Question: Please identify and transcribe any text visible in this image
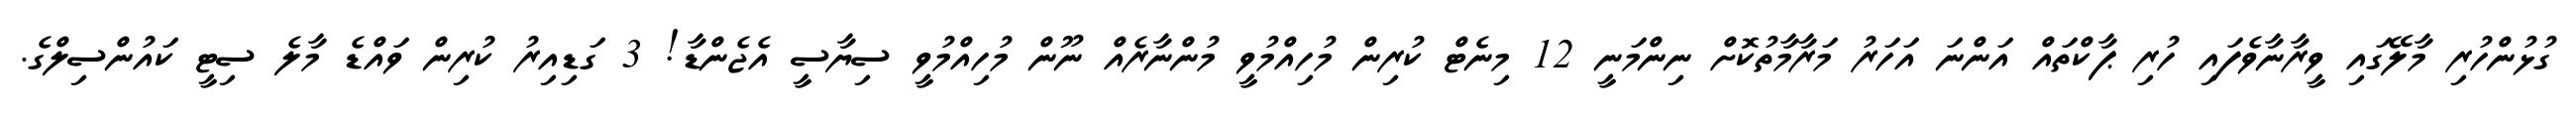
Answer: ގުޅުންހުރި މާލޭގައި ވީރާނާވެފައި ހުރި ޕާކްތައް އަންނަ އަހަރު މަރާމާތުކޮށް ނިންމަނީ 12 މިނެޓް ކުރިން މުހިއްމުވީ މުންނާރެއް ނޫން މުހިއްމުވީ ސިޔާސީ އެޖެންޑާ! 3 ގަޑިއިރު ކުރިން ވައްޑެ މާލެ ސިޓީ ކައުންސިލްގެ.